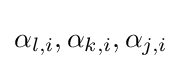
\alpha _{l,i},\alpha _{k,i},\alpha _{j,i}